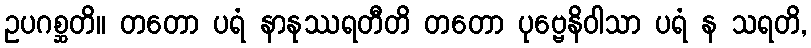
ဥပဂစ္ဆတိ။ တတော ပရံ နာနုဿရတီတိ တတော ပုဗ္ဗေနိဝါသာ ပရံ န သရတိ,